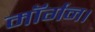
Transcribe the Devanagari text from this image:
मॉर्गन।